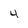
Character: 4